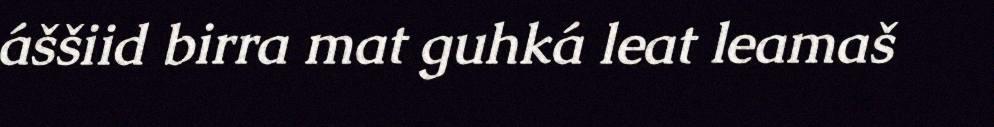
áššiid birra mat guhká leat leamaš